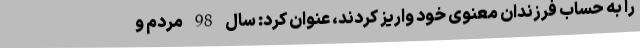
را به حساب فرزندان معنوی خود واریز کردند، عنوان کرد: سال 98 مردم و